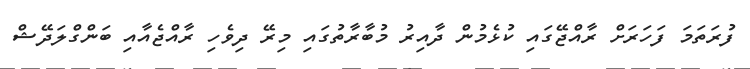
ފުރަތަމަ ފަހަރަށް ރާއްޖޭގައި ކުޅެމުން ދާއިރު މުބާރާތުގައި މިރޭ ދިވެހި ރާއްޖެއާއި ބަންގްލަދޭޝް